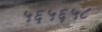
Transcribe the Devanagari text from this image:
५६५६५८